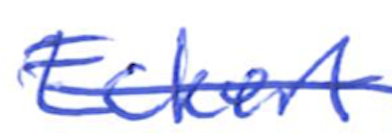
Text: Eckert
Cross-out: single-line
Writing tool: ballpoint